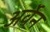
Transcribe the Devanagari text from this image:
अर्वेन